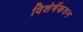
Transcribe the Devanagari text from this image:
विशेषेंकरुन